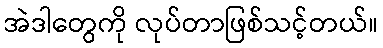
အဲဒါတွေကို လုပ်တာဖြစ်သင့်တယ်။